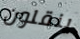
ينقلون